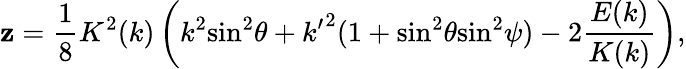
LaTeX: \mathbf{z}={\frac{{1}}{{8}}}K^{2}(k)\left(k^{2}{\sin}^{2}\theta+{k^{\prime}}^{2}(1+{\sin}^{2}\theta{\sin}^{2}\psi)-2{\frac{{E(k)}}{{K(k)}}}\right),